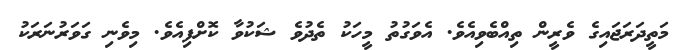
މަތީދަރަޖައިގެ ވެރީން ތިއްބެވިއެވެ. އެވަގުތު މީހަކު ތެދުވެ ޝަކުވާ ކޮށްފިއެވެ. މިވެނި ގަވަރުނަރަކު